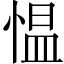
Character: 愠